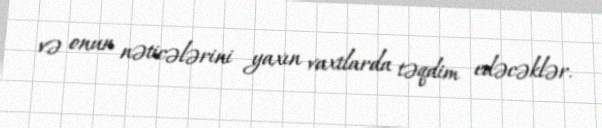
və onun nəticələrini yaxın vaxtlarda təqdim edəcəklər.